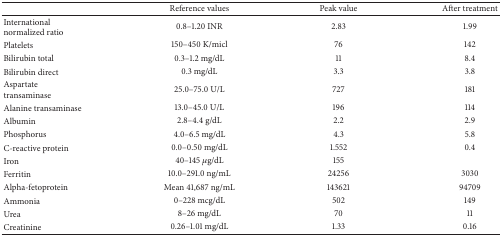
<table><thead><tr><td><b> </b></td><td><b>Reference values</b></td><td><b>Peak value</b></td><td><b>After treatment</b></td></tr></thead><tbody><tr><td>International normalized ratio </td><td>0.8–1.20 INR</td><td>2.83</td><td>1.99</td></tr><tr><td>Platelets </td><td>150–450 K/micl</td><td>76</td><td>142</td></tr><tr><td>Bilirubin total </td><td>0.3–1.2 mg/dL</td><td>11</td><td>8.4</td></tr><tr><td>Bilirubin direct </td><td>0.3 mg/dL</td><td>3.3</td><td>3.8</td></tr><tr><td>Aspartate transaminase </td><td>25.0–75.0 U/L</td><td>727</td><td>181</td></tr><tr><td>Alanine transaminase </td><td>13.0–45.0 U/L</td><td>196</td><td>114</td></tr><tr><td>Albumin</td><td>2.8–4.4 g/dL</td><td>2.2</td><td>2.9</td></tr><tr><td>Phosphorus </td><td>4.0–6.5 mg/dL</td><td>4.3</td><td>5.8</td></tr><tr><td>C-reactive protein </td><td>0.0–0.50 mg/dL</td><td>1.552</td><td>0.4</td></tr><tr><td>Iron </td><td>40–145 <i>μ</i>g/dL</td><td>155</td><td> </td></tr><tr><td>Ferritin </td><td>10.0–291.0 ng/mL</td><td>24256</td><td>3030</td></tr><tr><td>Alpha-fetoprotein </td><td>Mean 41,687 ng/mL</td><td>143621</td><td>94709</td></tr><tr><td>Ammonia</td><td>0–228 mcg/dL</td><td>502</td><td>149</td></tr><tr><td>Urea</td><td>8–26 mg/dL</td><td>70</td><td>11</td></tr><tr><td>Creatinine </td><td>0.26–1.01 mg/dL</td><td>1.33</td><td>0.16</td></tr></tbody></table>